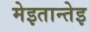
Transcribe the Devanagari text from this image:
मेइतान्तेइ